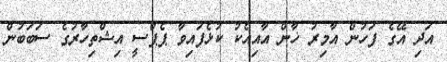
އަދި އޭގެ ފަހުން އާމިރު ޚާން އާއިއެކު ކުޅެފައިވާ ޕެޕްސީ އިޝްތިހާރުގެ ސަބަބުން